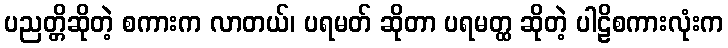
ပညတ္တိဆိုတဲ့ စကားက လာတယ်၊ ပရမတ် ဆိုတာ ပရမတ္ထ ဆိုတဲ့ ပါဠိစကားလုံးက